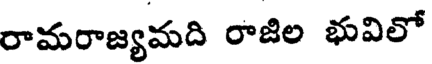
రామరాజ్యమది రాజిల భువిలో